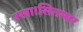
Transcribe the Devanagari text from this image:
रखा।सितम्बर